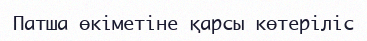
Патша өкіметіне қарсы көтеріліс